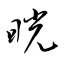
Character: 晄